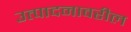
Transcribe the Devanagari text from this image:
उत्पादनावरील